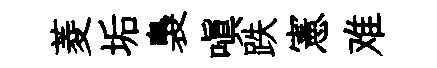
菱垢裊嗔跌憲难